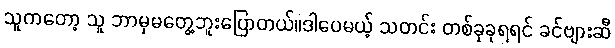
သူကတော့ သူ ဘာမှမတွေ့ဘူးပြောတယ်။ဒါပေမယ့် သတင်း တစ်ခုခုရရင် ခင်ဗျားဆီ